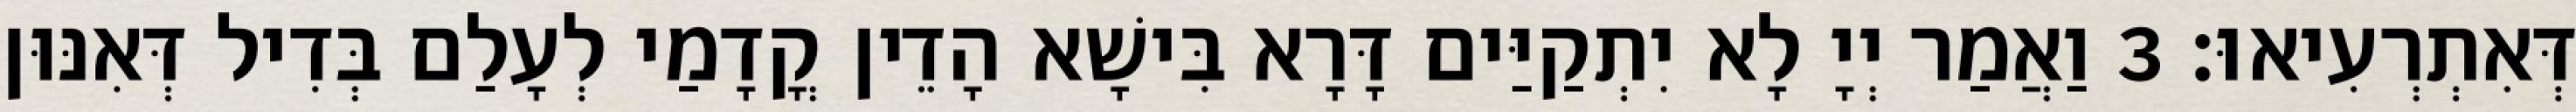
דְּאִתְרְעִיאוּ׃ 3 וַאֲמַר יְיָ לָא יִתְקַיַּים דָּרָא בִּישָׁא הָדֵין קֳדָמַי לְעָלַם בְּדִיל דְּאִנּוּן